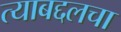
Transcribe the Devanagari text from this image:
त्याबद्दलचा